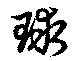
球